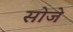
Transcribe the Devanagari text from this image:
सोजे